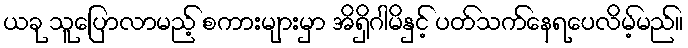
ယခု သူပြောလာမည့် စကားများမှာ အိရှိဂါမိနှင့် ပတ်သက်နေရပေလိမ့်မည်။